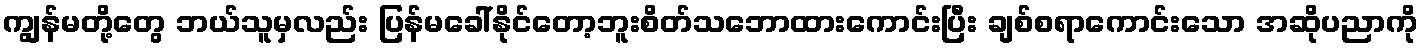
ကျွန်မတို့တွေ ဘယ်သူမှလည်း ပြန်မခေါ်နိုင်တော့ဘူးစိတ်သဘောထားကောင်းပြီး ချစ်စရာကောင်းသော အဆိုပညာကို